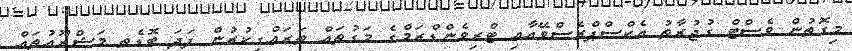
މިގޮތުން ވެސްޓް ގުޖުރާތު އެކްސްޕްރެސްވޭއާއި ޓްރިވެންޑްރަމްގެ މަގުތައް ތަރައްގީކުރުން ފަދަ ބޮޑެތި މަޝްރޫއުތައް